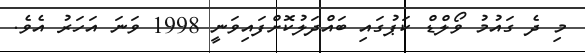
މި ދެ ގައުމު ވޯލްޑް ކަޕުގައި ބައްދަލުކޮށްފައިވަނީ 1998 ވަނަ އަހަރު އެވެ.